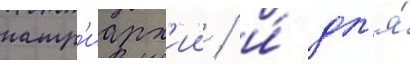
патр'иарх'ии / и́ дл'я́